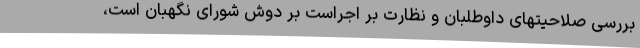
بررسی صلاحیتهای داوطلبان و نظارت بر اجراست بر دوش شورای نگهبان است،